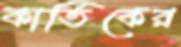
কার্তিকের